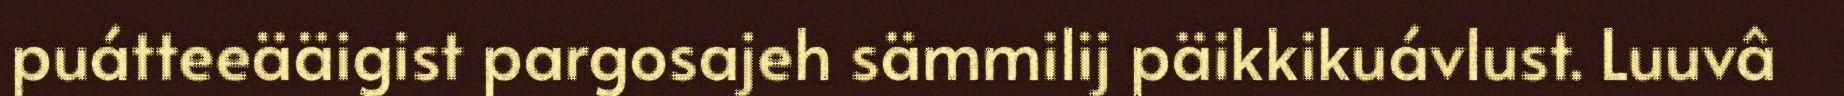
puátteeääigist pargosajeh sämmilij päikkikuávlust. Luuvâ